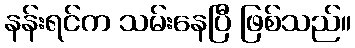
နန်းရင်က သမ်းနေပြီ ဖြစ်သည်။